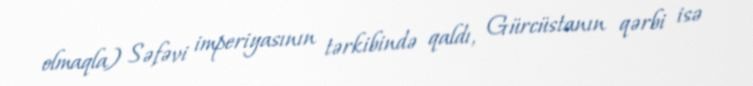
olmaqla) Səfəvi imperiyasının tərkibində qaldı, Gürcüstanın qərbi isə